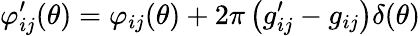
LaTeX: \varphi_{ij}^{\prime}(\theta)=\varphi_{ij}(\theta)+2\pi\left(g_{ij}^{\prime}-g_{ij}\right)\delta(\theta)